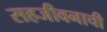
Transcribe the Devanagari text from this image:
सहजीवनाची